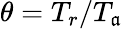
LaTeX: \theta=T_{r}/T_{\mathfrak{a}}